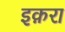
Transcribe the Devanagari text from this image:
इक़रा